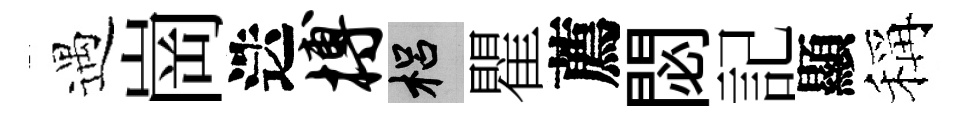
遇崗迭搏梠瞿薦閟記顯稱